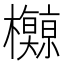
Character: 𪴡